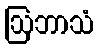
ဩဘာသံ